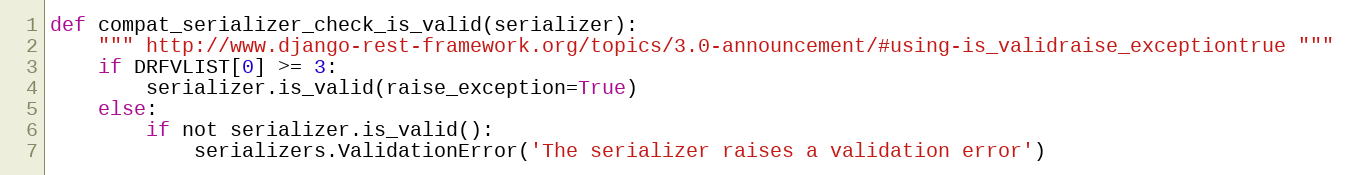
Language: Python
def compat_serializer_check_is_valid(serializer):
    """ http://www.django-rest-framework.org/topics/3.0-announcement/#using-is_validraise_exceptiontrue """
    if DRFVLIST[0] >= 3:
        serializer.is_valid(raise_exception=True)
    else:
        if not serializer.is_valid():
            serializers.ValidationError('The serializer raises a validation error')